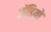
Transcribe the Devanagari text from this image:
आॅडियो